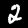
Digit: 2